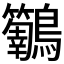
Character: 𮭝